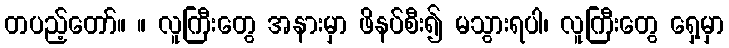
တပည့်တော်။ ။ လူကြီးတွေ အနားမှာ ဖိနပ်စီး၍ မသွားရပါ၊ လူကြီးတွေ ရှေ့မှာ